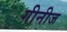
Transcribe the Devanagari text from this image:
गीनीज